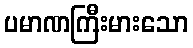
ပမာဏကြီးမားသော